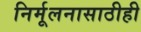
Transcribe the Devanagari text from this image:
निर्मूलनासाठीही